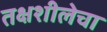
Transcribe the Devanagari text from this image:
तक्षशीलेचा